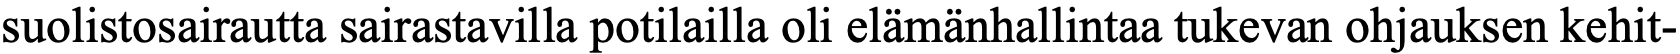
suolistosairautta sairastavilla potilailla oli elämänhallintaa tukevan ohjauksen kehit-